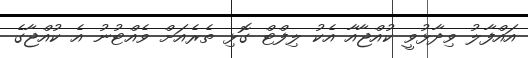
އައްފާލު ވިދާޅުވީ ކުއްޖާއާ އެކު ލިފްޓް ގޮޅި ތެރެއަށް ވެއްޓުނު އެ ކުއްޖާގެ